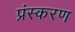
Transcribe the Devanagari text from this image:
प्रंस्करण